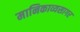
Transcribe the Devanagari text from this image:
मानिकाव्यसागर